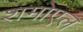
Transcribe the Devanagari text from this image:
शमोएल